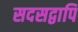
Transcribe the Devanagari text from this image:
सदसद्वापि